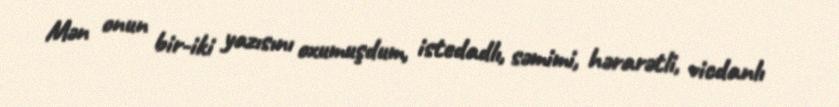
Mən onun bir-iki yazısını oxumuşdum, istedadlı, səmimi, hərarətli, vicdanlı